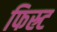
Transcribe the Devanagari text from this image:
फिस्र्ट